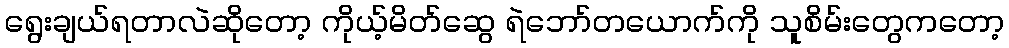
ရွေးချယ်ရတာလဲဆိုတော့ ကိုယ့်မိတ်ဆွေ ရဲဘော်တယောက်ကို သူစိမ်းတွေကတော့